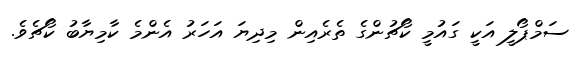
ސަމްޕޯލީ އަކީ ގައުމީ ކޯޗުންގެ ތެރެއިން މިދިޔަ އަހަރު އެންމެ ކާމިޔާބު ކޯޗެވެ.